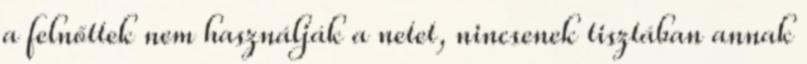
a felnőttek nem használják a netet, nincsenek tisztában annak